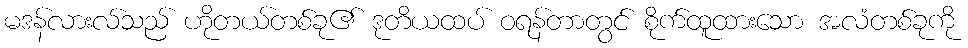
မဒန်လားလ်သည် ဟိုတယ်တစ်ခု၏ ဒုတိယထပ် ဝရန်တာတွင် စိုက်ထူထားသော အလံတစ်ခုကို